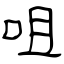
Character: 咀